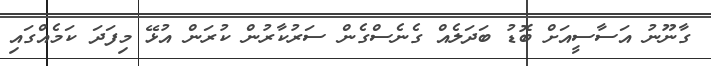
ގާނޫނު އަސާސީއަށް ބޮޑު ބަދަލެއް ގެނެސްގެން ސަރުކާރުން ކުރަން އުޅޭ މިފަދަ ކަމެއްގައި